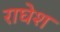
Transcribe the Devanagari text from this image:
राघेश